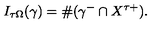
I _ { \tau \Omega } ( \gamma ) = \# ( \gamma ^ { - } \cap X ^ { \tau + } ) .